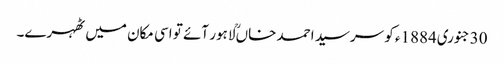
30جنوری1884ء کو سرسید احمد خاںؒ لاہور آئے تو اسی مکان میں ٹھہرے۔